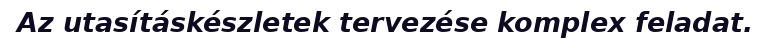
Az utasításkészletek tervezése komplex feladat.